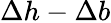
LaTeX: \Delta h-\Delta b